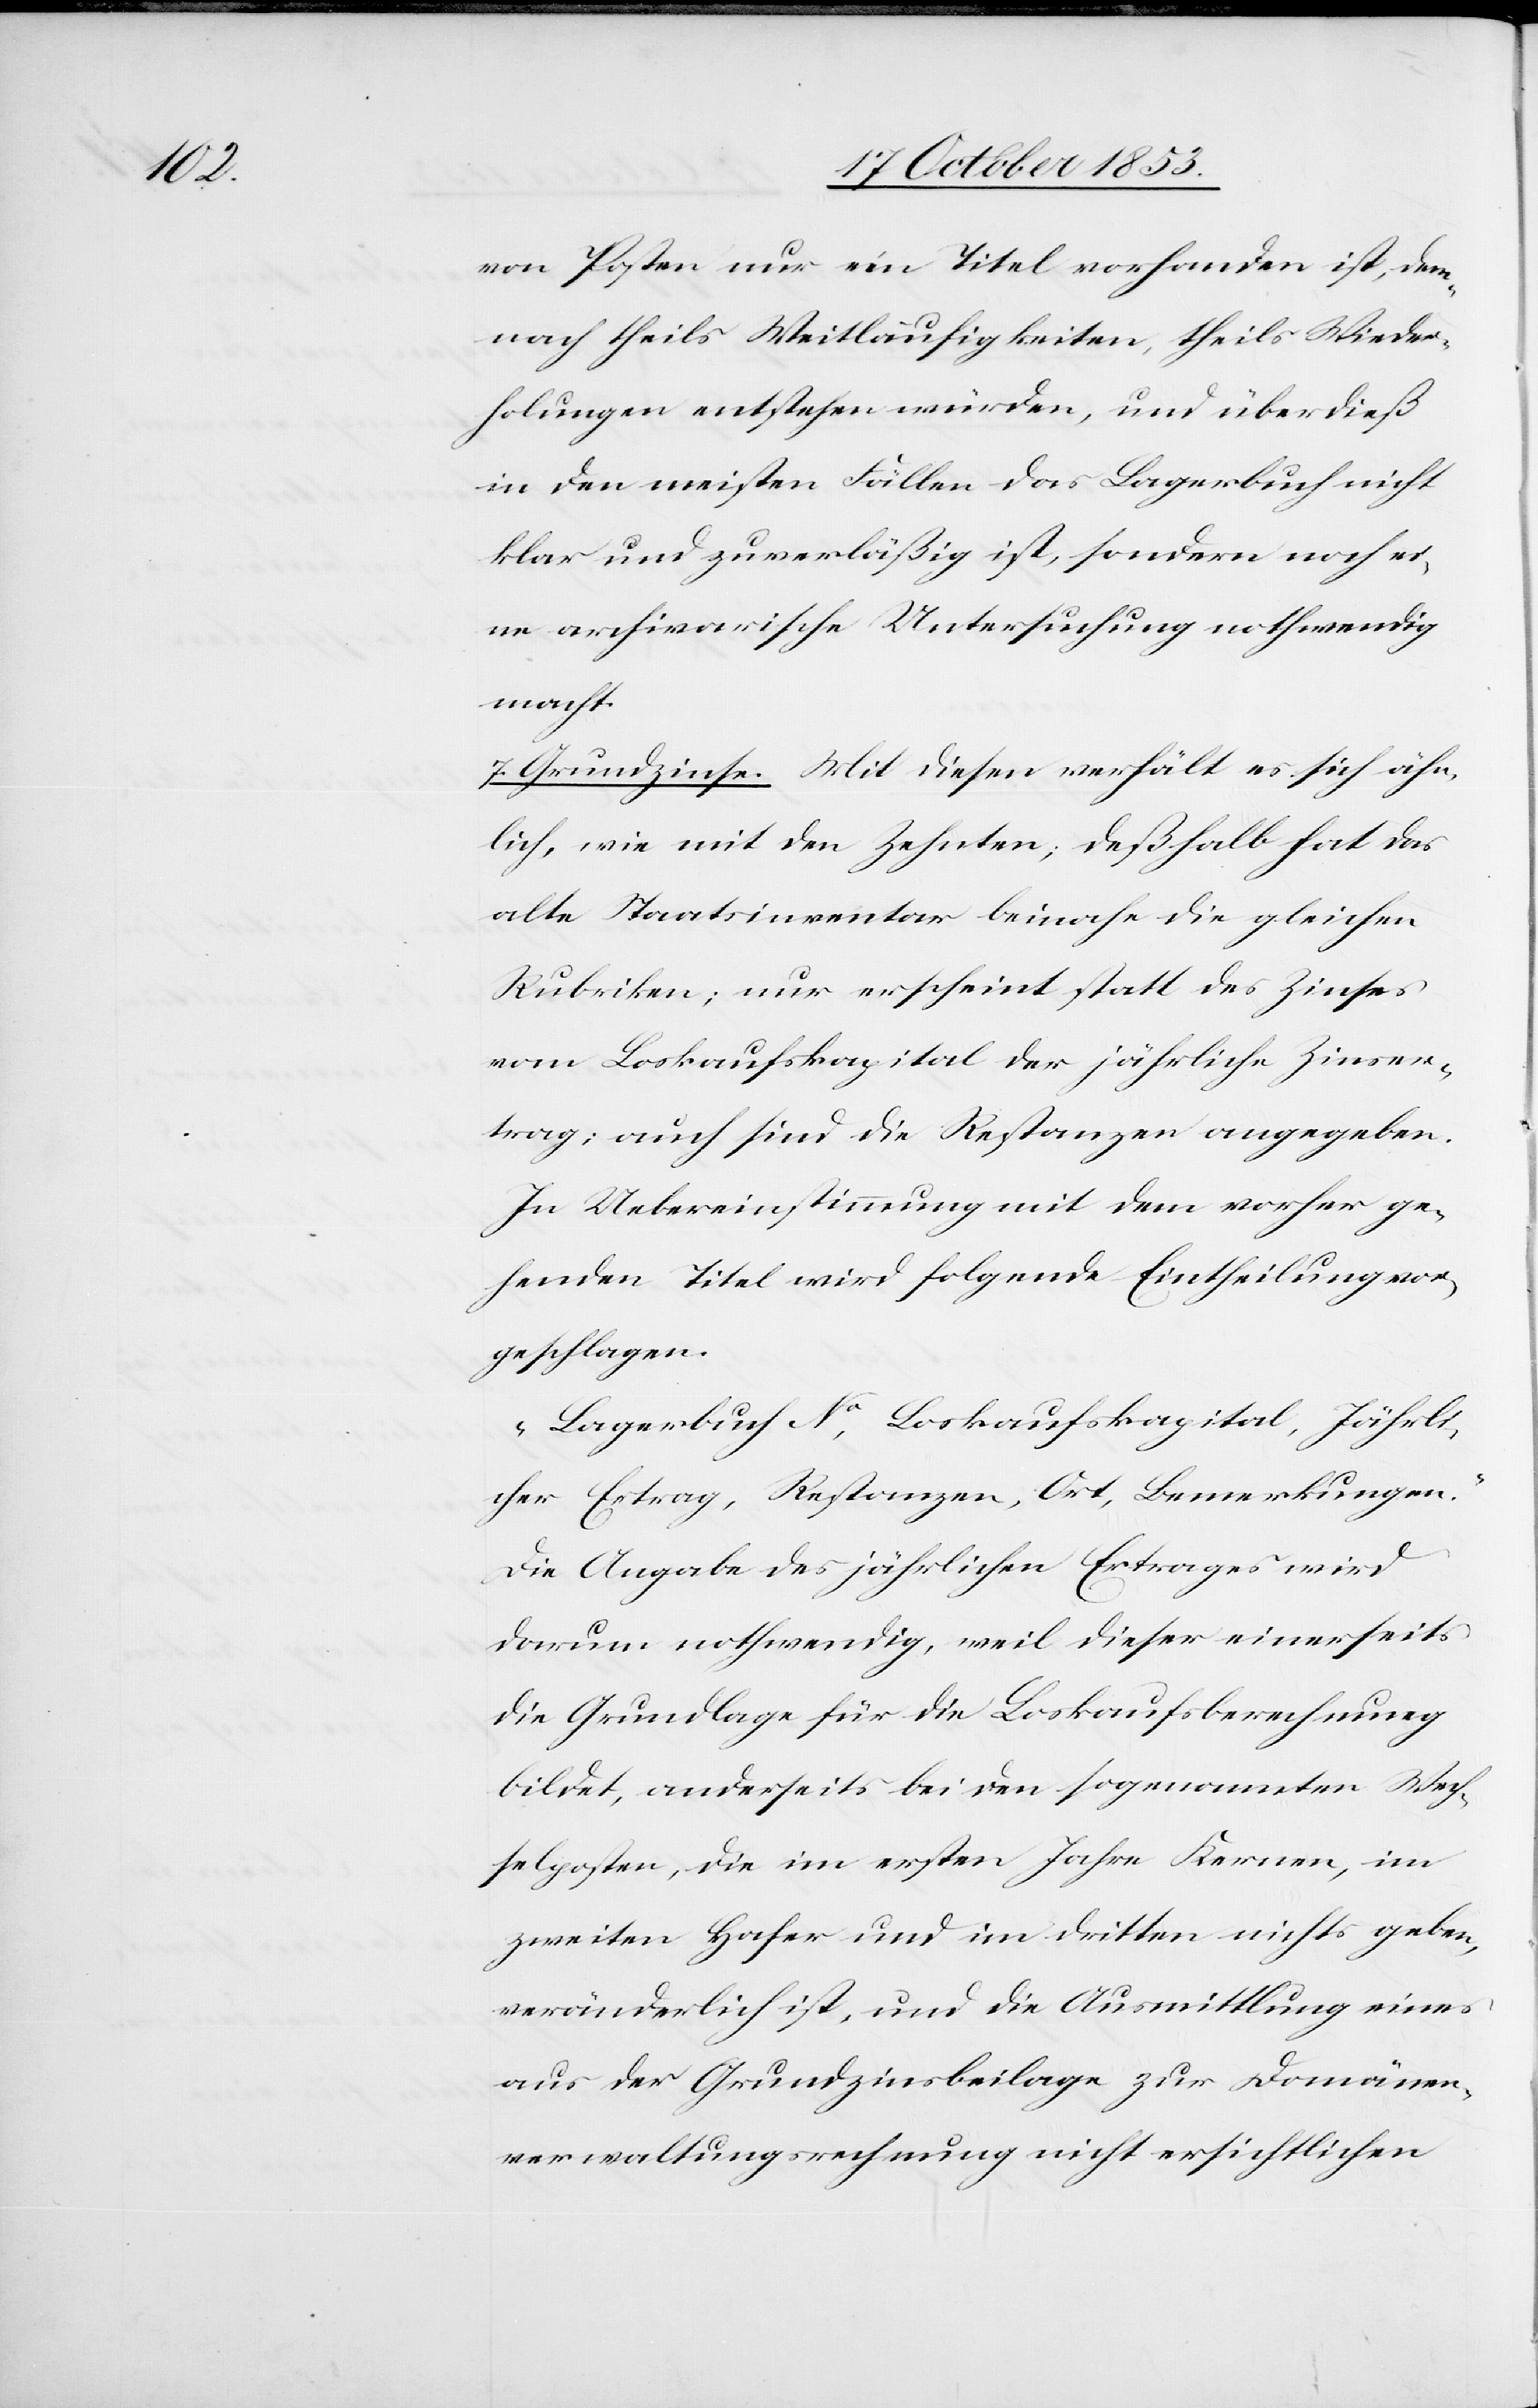
von Posten nur ein Titel vorhanden ist, dem¬
nach theils Weitläufigkeiten, theils Wieder¬
holungen entstehen würden, und überdieß
in den meisten Fällen das Lagerbuch nicht
klar und zuverläßig ist, sondern noch ei¬
ne archivarische Untersuchung nothwendig
macht.
7. Grundzinse. Mit diesem verhält es sich ähn¬
lich, wie mit den Zehnten; deßhalb hat das
alte Staatsinventar beinahe die gleichen
Rubriken; nur erscheint statt des Zinses
vom Loskaufskapital der jährliche Zinser¬
trag; auch sind die Restanzen angegeben.
In Uebereinstimmung mit dem vorher vor¬
handenen Titel wird folgende Eintheilung vor¬
geschlagen.
„Lagerbuch N°, Loskaufskapital, Jährli¬
cher Ertrag, Restanzen, Ort, Bemerkungen.“
Die Angabe des jährlichen Ertrages wird
darum nothwendig, weil dieser einerseits
die Grundlage für die Loskaufsberechnung
bildet, anderseits bei dem sogenannten Wech¬
selposten, die im ersten Jahre Kernen, im
zweiten Hafer und im dritten nichts geben,
veränderlich ist, und die Ausmittlung eines
aus der Grundzinsbeilage zur Domänen¬
verwaltungsrechnung nicht ersichtlichen